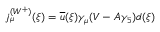
j _ { \mu } ^ { ( W ^ { + } ) } ( \xi ) = \overline { { u } } ( \xi ) \gamma _ { \mu } ( V - A \gamma _ { 5 } ) d ( \xi )